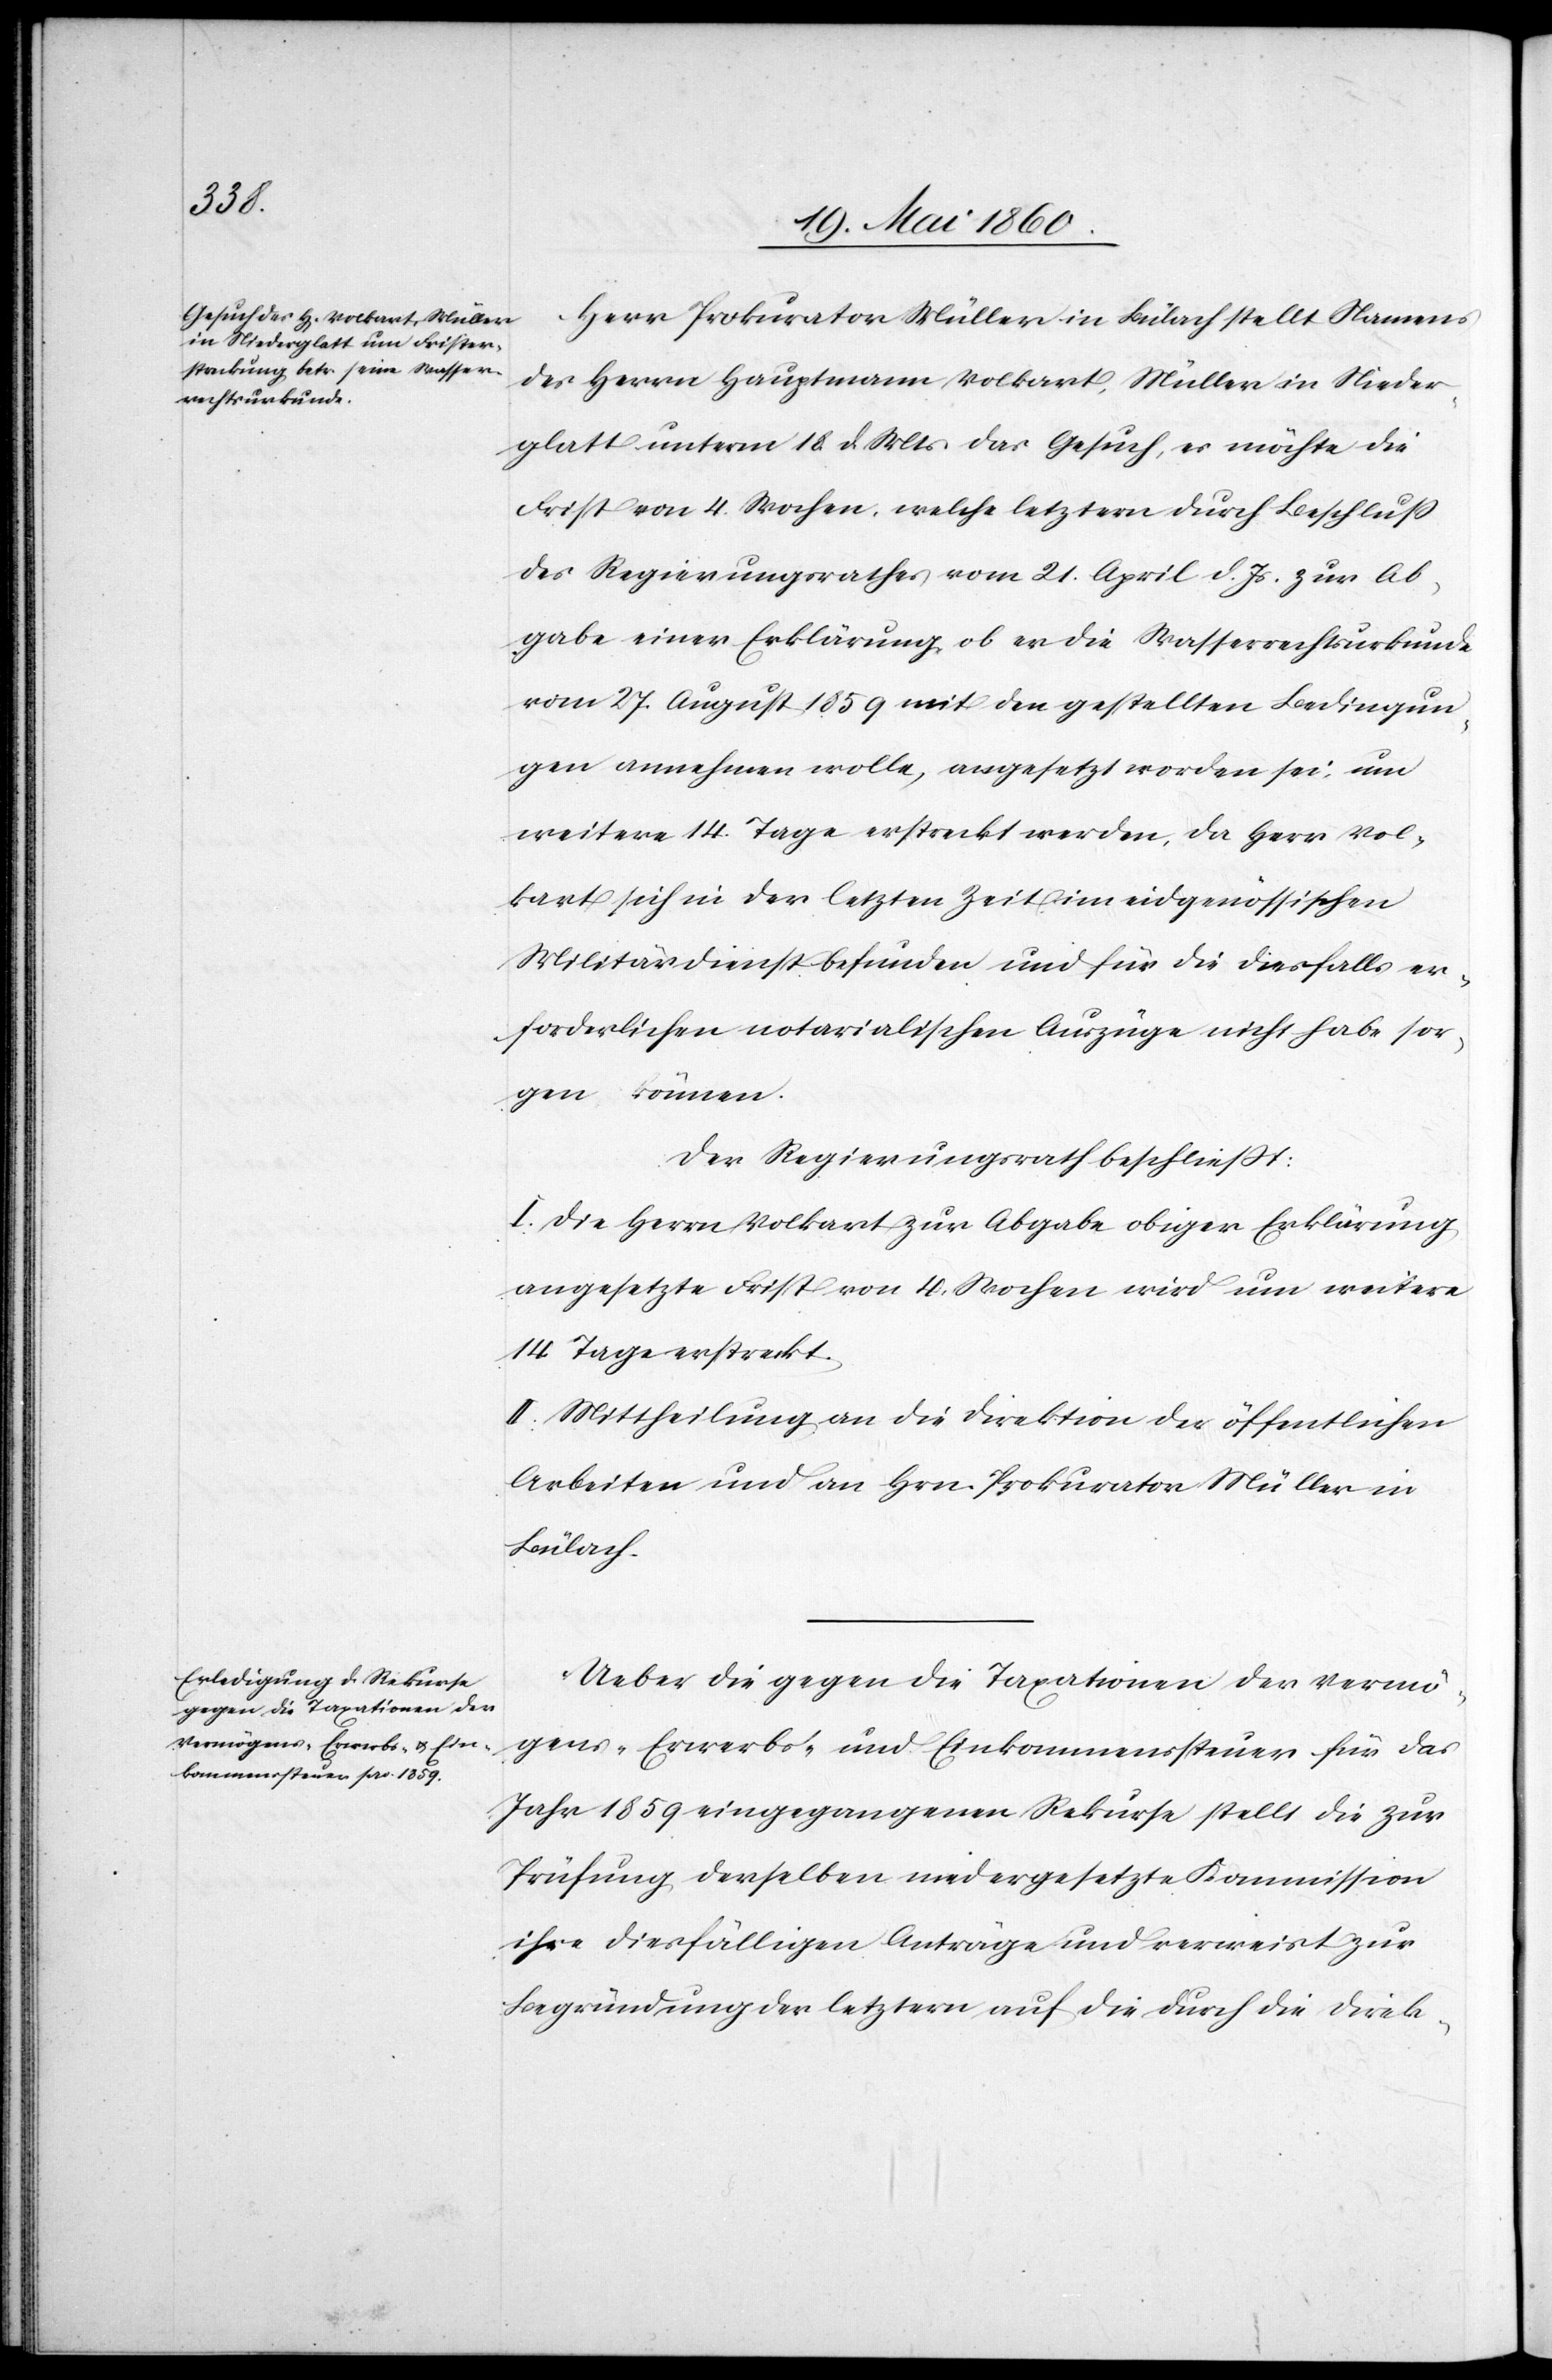
Herr Prokurator Müller in Bülach stellt Namens
des Herrn Hauptmann Volkart, Müller in Nieder¬
glatt unterm 18. d. Mts. das Gesuch, es möchte die
Frist von 4 Wochen, welche letztern durch Beschluss
des Regierungsrathes vom 21. April d. Js. zur Ab¬
gabe einer Erklärung, ob er die Wasserrechtsurkunde
vom 27. August 1859 mit den gestellten Bedingun¬
gen annehmen wolle, angesetzt worden sei, um
weitere 14 Tage erstreckt werden, da Herr Vol¬
kart sich in der letzten Zeit im eidgenössischen
Militärdienst befunden und für die diesfalls er¬
forderlichen notarialischen Auszüge nicht habe sor¬
gen können.
Der Regierungsrath beschliesst:
I. Die Herrn Volkart zur Abgabe obiger Erklärung
angesetzte Frist von 4 Wochen wird um weitere
14 Tage erstreckt.
II. Mittheilung an die Direktion der öffentlichen
Arbeiten und an Hrn. Prokurator Müller in
Bülach.
Ueber die gegen die Taxationen der Vermö¬
gens- Erwerbs- und Einkommenssteuer für das
Jahr 1859 eingegangenen Rekurse stellt die zur
Prüfung derselben niedergesetzte Kommission
ihre diesfälligen Anträge und verweist zur
Begründung der letztern auf die durch die Direk-